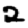
Digit: 2